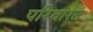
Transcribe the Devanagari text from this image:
परिवारत